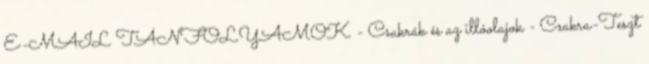
E-MAIL TANFOLYAMOK - Csakrák és az illóolajok - Csakra-Teszt